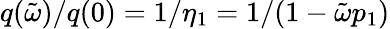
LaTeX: q(\tilde{\omega})/q(0)=1/\eta_{1}=1/(1-\tilde{\omega}p_{1})